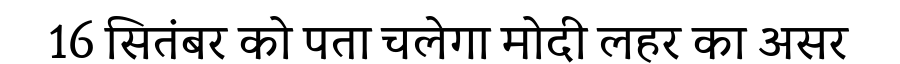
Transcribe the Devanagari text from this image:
16 सितंबर को पता चलेगा मोदी लहर का असर